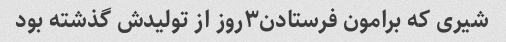
شیری که برامون فرستادن۳روز از تولیدش گذشته بود